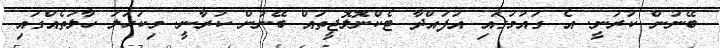
ބޭނުން ކުރަނީ. އެ ގައުމުގައި އުފައްދާ ޓެކްނޮލޮޖީތައް ބޭނުން ކުރާނީ. މިކަހަލަ ހާލަތެއްގައި